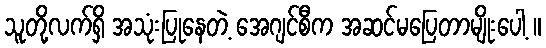
သူတို့လက်ရှိ အသုံးပြုနေတဲ့ အေဂျင်စီက အဆင်မပြေတာမျိုးပေါ့ ။